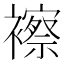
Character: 𧞍